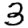
Digit: 3